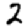
Digit: 2